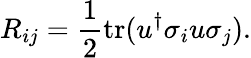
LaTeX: R_{ij}=\frac{1}{2}{\mathop{\textrm{tr}}}(u^{\dagger}\sigma_{i}u\sigma_{j}).